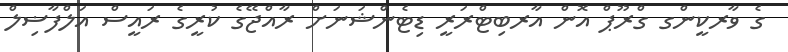
ގެ ވާރކީންގ ގްރޫޕް އޮން އާރބިޓްރަރީ ޑިޓެންޝަނަށް ރާއްޖޭގެ ކުރީގެ ރައީސް އަލްފާޟިލް